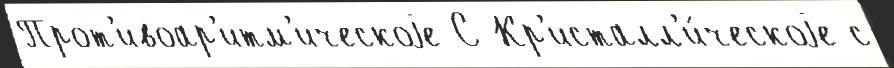
Прот'ивоар'итм'ическоjе С Кр'исталл'и́ческоjе с